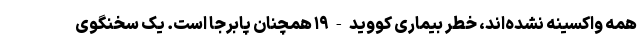
همه واکسینه نشده‌اند، خطر بیماری کووید-۱۹ همچنان پابرجا است. یک سخنگوی